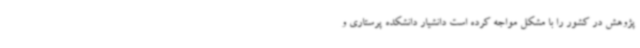
پژوهش در کشور را با مشکل مواجه کرده است دانشیار دانشکده پرستاری و